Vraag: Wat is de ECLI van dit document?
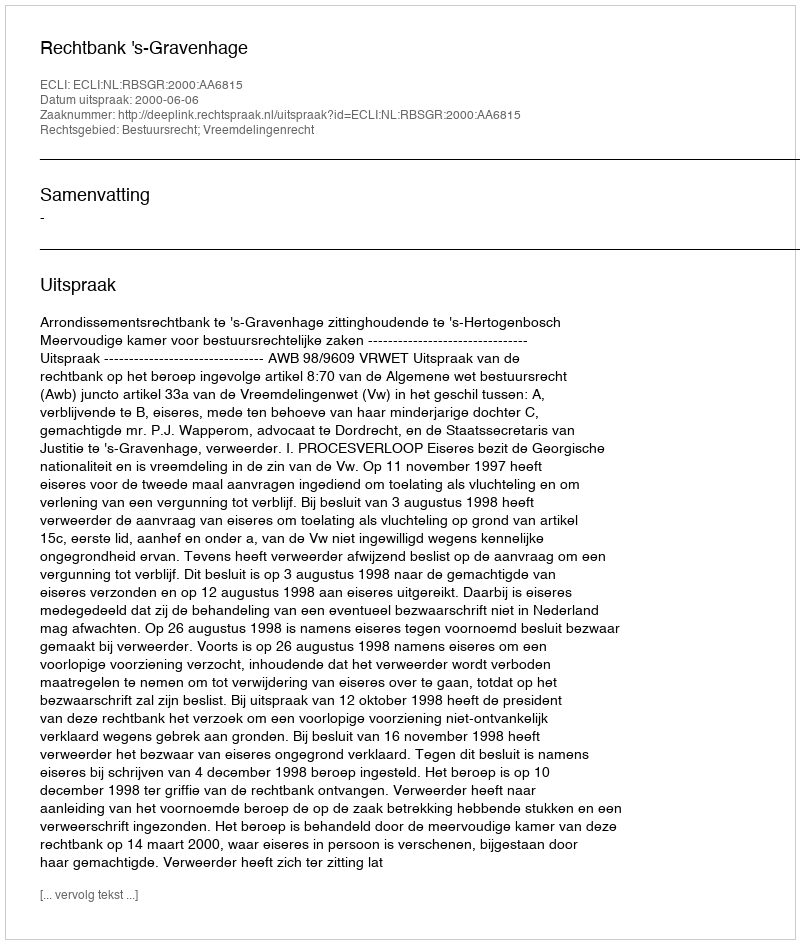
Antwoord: ECLI:NL:RBSGR:2000:AA6815